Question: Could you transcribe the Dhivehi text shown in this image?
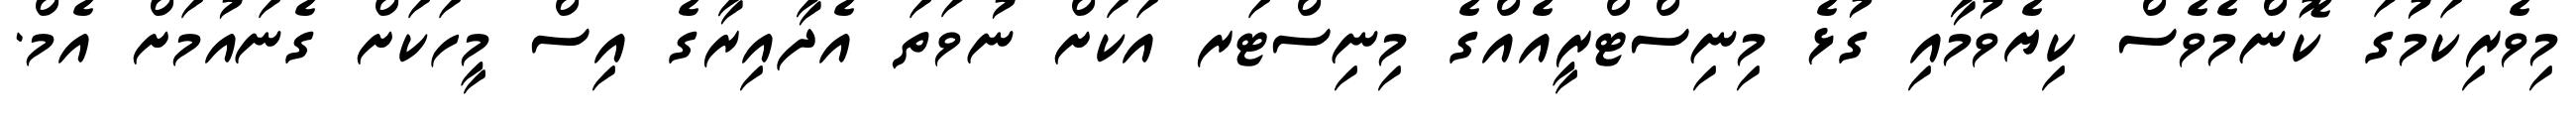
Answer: މިވެރިކަމުގަ ކޮންމެވެސް ކިޔެވުމާއި ގުޅެ މިނިސްޓްރީއެއްގެ މިނިސްޓަރ އަކަށް ނުވަތަ އެދާއިރާގެ އިސް މީހަކަށް ގެނައުމަށް އެމް.